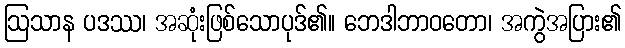
ဩသာန ပဒဿ၊ အဆုံးဖြစ်သောပုဒ်၏။ ဘေဒါဘာဝတော၊ အကွဲအပြား၏